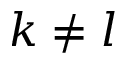
k \neq l